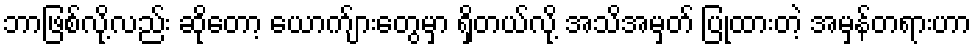
ဘာဖြစ်လို့လည်း ဆိုတော့ ယောက်ျားတွေမှာ ရှိတယ်လို့ အသိအမှတ် ပြုထားတဲ့ အမှန်တရားဟာ